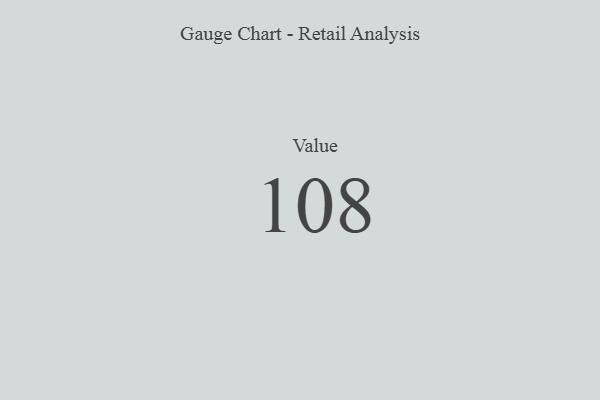
{"axis": {"x": "Metric", "y": "Value"}, "legend": [""], "data": [{"x": "Value", "y": 108, "type": ""}]}